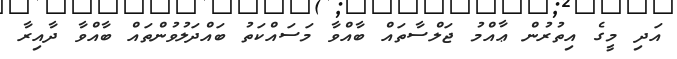
އަދި މީގެ އިތުރުން ޢާއްމު ޖަލްސާތައް ބާއްވާ މަސައްކަތު ބައްދަލުވުންތައް ބާއްވާ ދާއިރާ